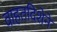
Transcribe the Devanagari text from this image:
वाहतदिशेने